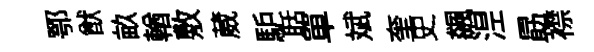
鄂猷畝輶敷葳馿聒單斌奎史飆𣵀勗襟